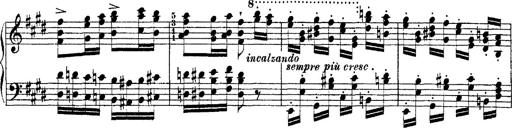
Title: Ã‰tudes d'exÃ©cution transcendante d'aprÃ¨s Paganini
Composer: Franz Liszt